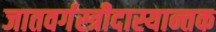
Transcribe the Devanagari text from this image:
जातवर्गस्त्रीदास्यान्तक